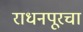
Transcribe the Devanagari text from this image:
राधनपूरचा